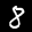
Label: 8